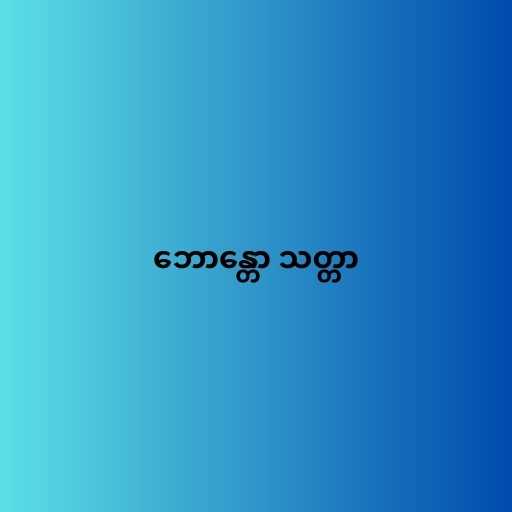
ဘောန္တော သတ္တာ